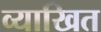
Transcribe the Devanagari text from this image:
व्याखित